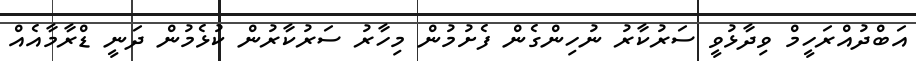
އަބްދުއްރަހީމް ވިދާޅުވީ ސަރުކާރު ނުހިންގެން ފެށުމުން މިހާރު ސަރުކާރުން ކުޅެމުން ދަނީ ޑްރާމާއެއް